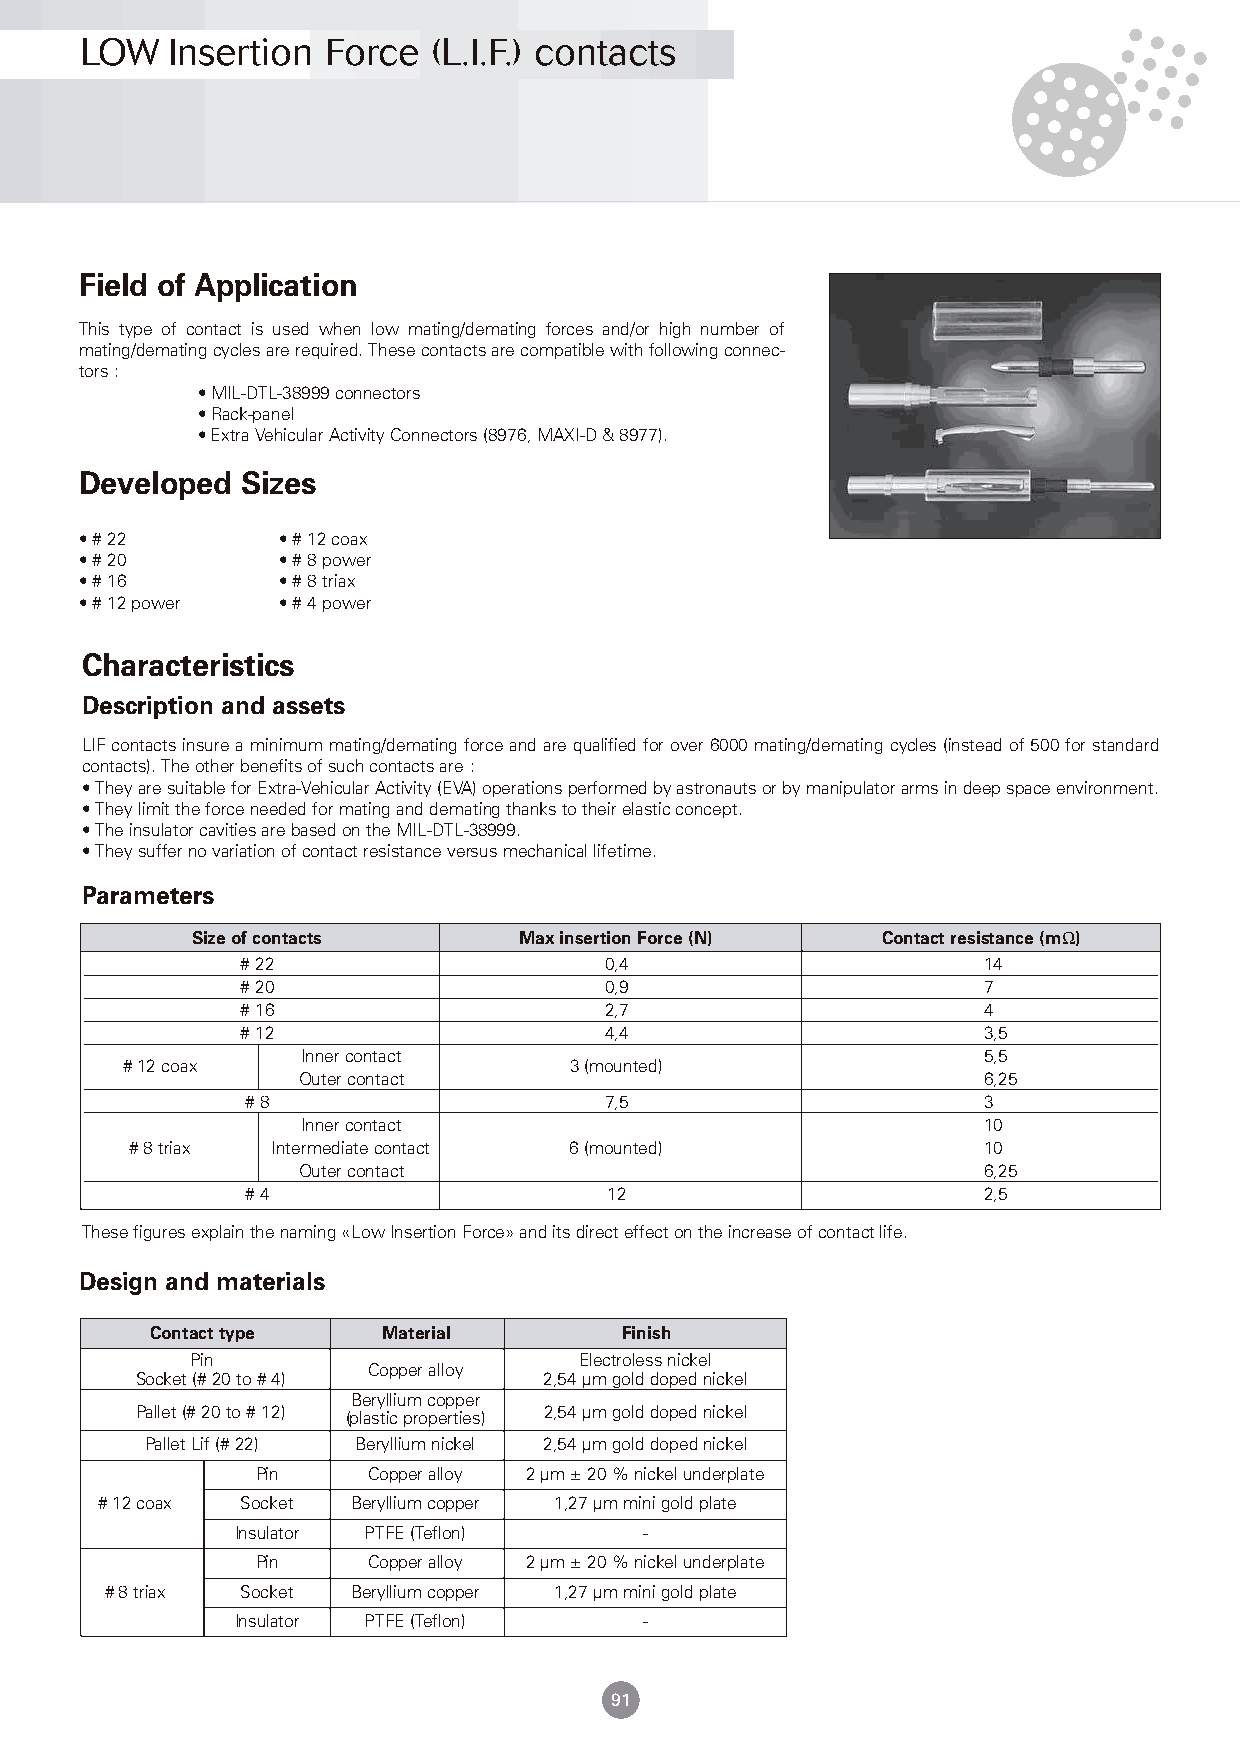
LOW   Insertion  Force  (L.I.F.) contacts
 Field of Application
 This type of contact is used when low mating/demating forces and/or high number of
 mating/demating cycles are required. These contacts are compatible with following connec-
 tors :
 • MIL-DTL-38999 connectors
 • Rack-panel
 • Extra Vehicular Activity Connectors (8976, MAXI-D & 8977).
 Developed  Sizes
 • # 22       • # 12 coax
 • # 20       • # 8 power
 • # 16       • # 8 triax
 • # 12 power • # 4 power
 Characteristics
 Description and assets
 LIF contacts insure a minimum mating/demating force and are qualified for over 6000 mating/demating cycles (instead of 500 for standard
 contacts). The other benefits of such contacts are :
 • They are suitable for Extra-Vehicular Activity (EVA) operations performed by astronauts or by manipulator arms in deep space environment.
 • They limit the force needed for mating and demating thanks to their elastic concept.
 • The insulator cavities are based on the MIL-DTL-38999.
 • They suffer no variation of contact resistance versus mechanical lifetime.
 Parameters
 Size of contacts     Max insertion Force (N) Contact resistance (mΩ)
 # 22                    0,4                      14
 # 20                    0,9                      7
 # 16                    2,7                      4
 # 12                    4,4                      3,5
 Inner contact                                5,5
 # 12 coax                     3 (mounted)
 Outer contact                                6,25
 # 8                     7,5                      3
 Inner contact                                10
 # 8 triax Intermediate contact 6 (mounted)              10
 Outer contact                                6,25
 # 4                     12                       2,5
 These figures explain the naming «Low Insertion Force» and its direct effect on the increase of contact life.
 Design and materials
 Contact type   Material        Finish
 Pin                      Electroless nickel
 Copper alloy
 Socket (# 20 to # 4)       2,54 µm gold doped nickel
 Beryllium copper
 Pallet (# 20 to # 12) (plastic properties) 2,54 µm gold doped nickel
 Pallet Lif (# 22) Beryllium nickel 2,54 µm gold doped nickel
 Pin    Copper alloy 2 µm ±20 % nickel underplate
 # 12 coax Socket Beryllium copper 1,27 µm mini gold plate
 Insulator PTFE (Teflon)    -
 Pin    Copper alloy 2 µm ±20 % nickel underplate
 # 8 triax Socket Beryllium copper 1,27 µm mini gold plate
 Insulator PTFE (Teflon)    -
 91